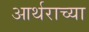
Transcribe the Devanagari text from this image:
आर्थराच्या